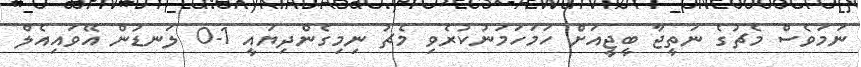
ނަމަވެސް މެޗުގެ ނަތީޖާ ބީޖީއަށް ހަމަހަމަނުކުރެވި މެޗު ނިމިގެންދިޔައީ 1-0 ލަނޑުން އޭވައިއެލް